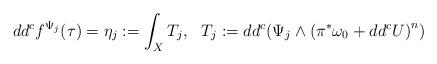
LaTeX: \begin{align*}dd^{c}f^{\Psi_{j}}(\tau)=\eta_{j}:=\int_{X}T_{j},\,\,\,\, T_{j}:=dd^{c}(\Psi_{j}\wedge\left(\pi^{*}\omega_0+dd^{c}U\right)^{n})\end{align*}